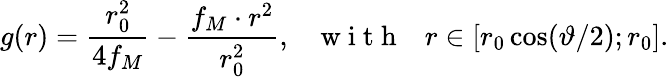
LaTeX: g(r)=\frac{r_{0}^{2}}{4f_{M}}-\frac{f_{M}\cdot r^{2}}{r_{0}^{2}},~~~\mathrm{~w~i~t~h~}~~~r\in[r_{0}\cos(\vartheta/2);r_{0}].